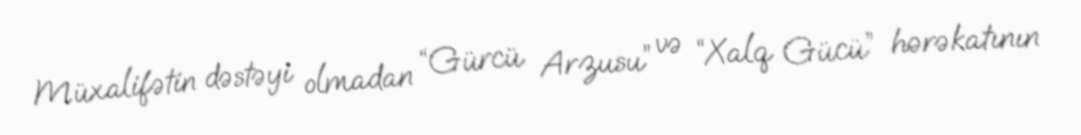
Müxalifətin dəstəyi olmadan “Gürcü Arzusu” və “Xalq Gücü” hərəkatının